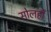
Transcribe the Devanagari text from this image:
सोलहों